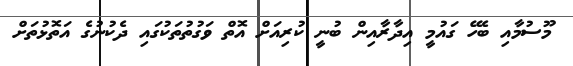
މޫސުމާއި ބެހޭ ގައުމީ އިދާރާއިން ބުނީ ކުރިއަށް އޮތް ވަގުތުތަކުގައި ދެކުނުގެ އަތޮޅުތަށް